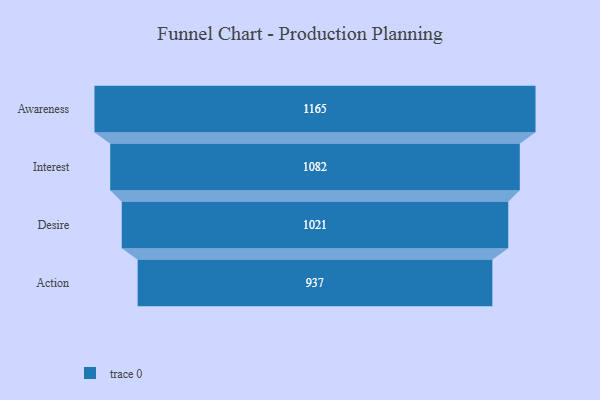
{"axis": {"x": "Stage", "y": "Value"}, "legend": [""], "data": [{"x": "Awareness", "y": 1165.0, "type": ""}, {"x": "Interest", "y": 1082.0, "type": ""}, {"x": "Desire", "y": 1021.0, "type": ""}, {"x": "Action", "y": 937.0, "type": ""}]}